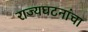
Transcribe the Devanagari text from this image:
राज्यघटनांचा